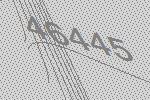
46445